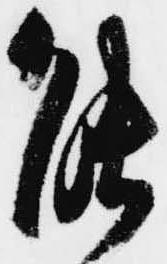
能